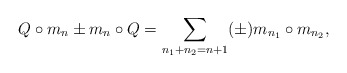
\begin{align*}Q\circ m_n\pm m_n\circ Q = \sum_{n_1+n_2=n+1} (\pm) m_{n_1}\circ m_{n_2},\end{align*}